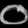
Digit: ၀